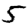
Digit: 5